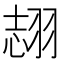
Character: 𦐼